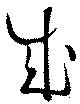
成